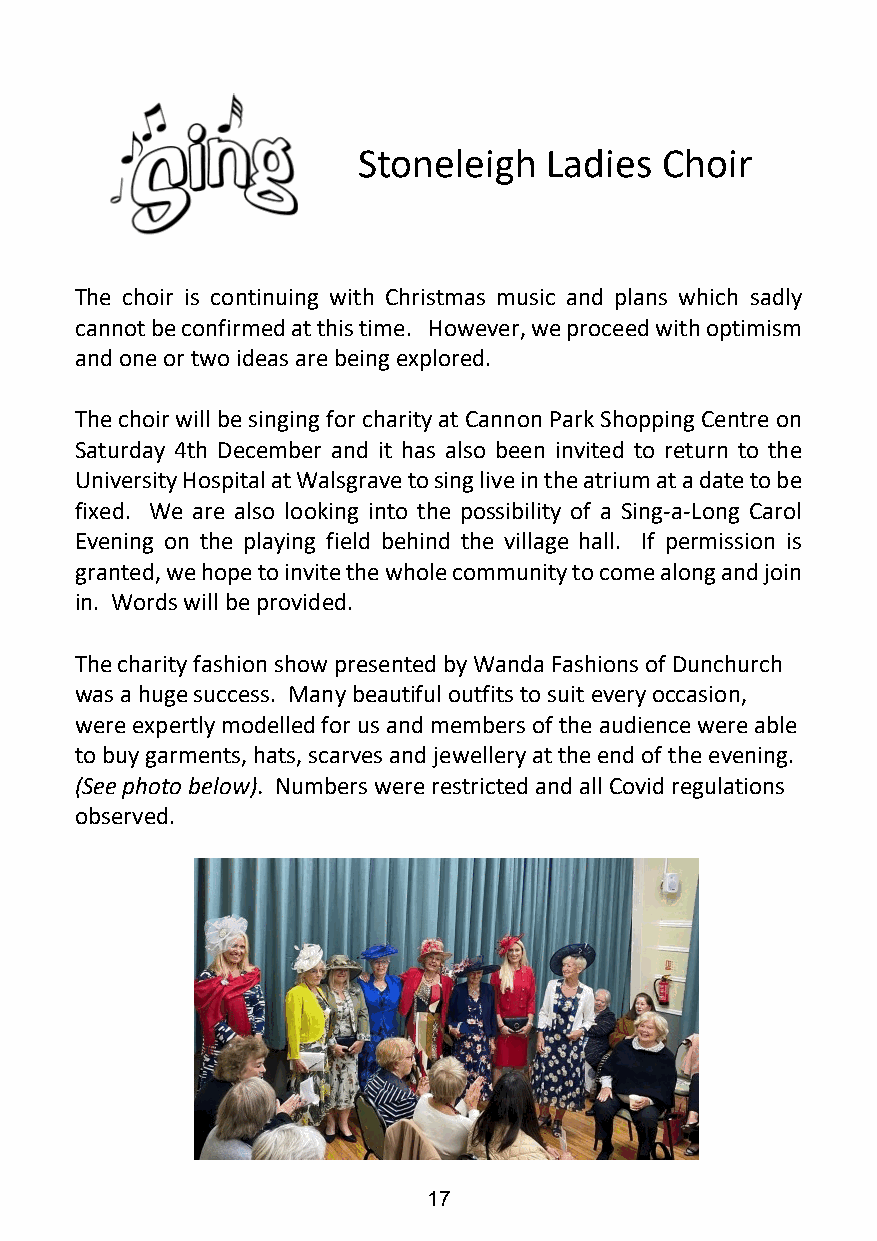
Stoneleigh  Ladies  Choir
 The choir is continuing with Christmas music and plans which sadly
 cannot be confirmed at this time. However, we proceed with optimism
 and one or two ideas are being explored.
 The choir will be singing for charity at Cannon Park Shopping Centre on
 Saturday 4th December and it has also been invited to return to the
 University Hospital at Walsgrave to sing live in the atrium at a date to be
 fixed. We are also looking into the possibility of a Sing-a-Long Carol
 Evening on the playing field behind the village hall. If permission is
 granted, we hope to invite the whole community to come along and join
 in. Words will be provided.
 The charity fashion show presented by Wanda Fashions of Dunchurch
 was a huge success. Many beautiful outfits to suit every occasion,
 were expertly modelled for us and members of the audience were able
 to buy garments, hats, scarves and jewellery at the end of the evening.
 (See photo below). Numbers were restricted and all Covid regulations
 observed.
 17